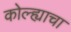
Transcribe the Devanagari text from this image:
कोल्ह्याचा